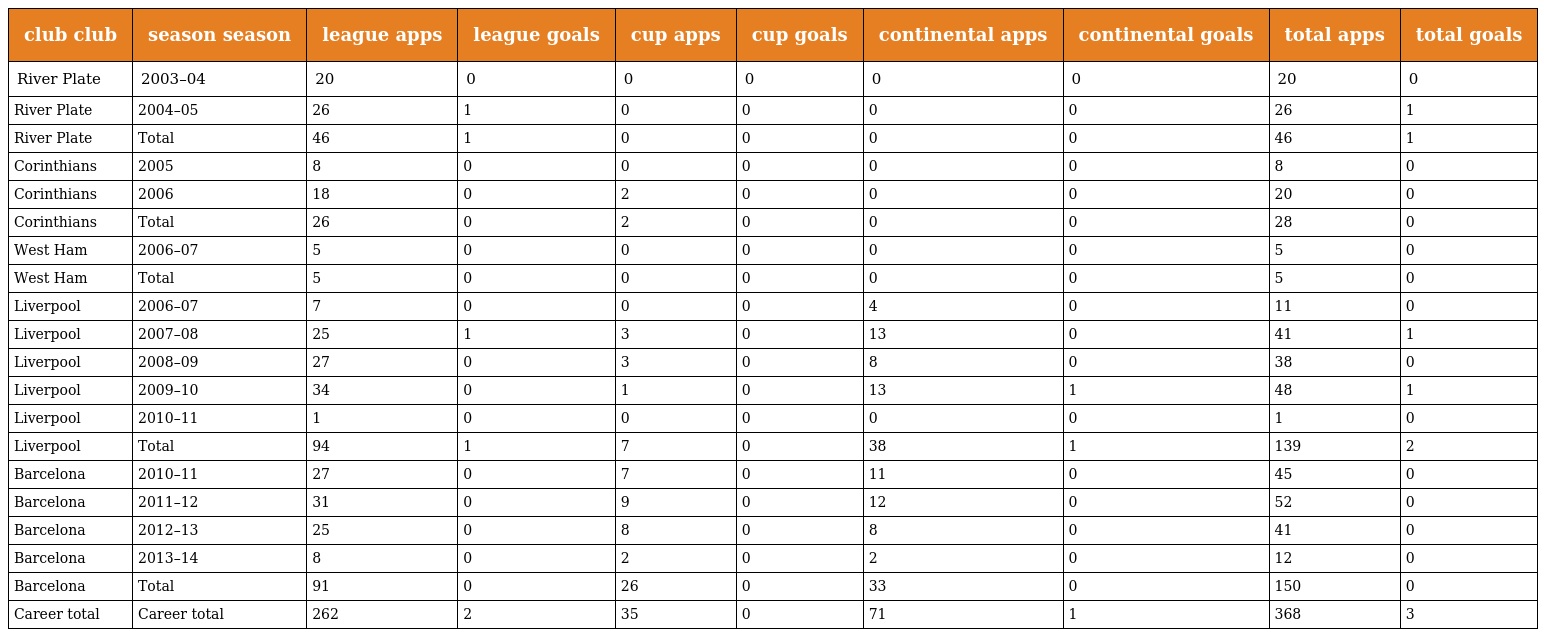
| club club | season season | league apps | league goals | cup apps | cup goals | continental apps | continental goals | total apps | total goals |
 | --- | --- | --- | --- | --- | --- | --- | --- | --- | --- |
 | River Plate | 2003–04 | 20 | 0 | 0 | 0 | 0 | 0 | 20 | 0 |
 | River Plate | 2004–05 | 26 | 1 | 0 | 0 | 0 | 0 | 26 | 1 |
 | River Plate | Total | 46 | 1 | 0 | 0 | 0 | 0 | 46 | 1 |
 | Corinthians | 2005 | 8 | 0 | 0 | 0 | 0 | 0 | 8 | 0 |
 | Corinthians | 2006 | 18 | 0 | 2 | 0 | 0 | 0 | 20 | 0 |
 | Corinthians | Total | 26 | 0 | 2 | 0 | 0 | 0 | 28 | 0 |
 | West Ham | 2006–07 | 5 | 0 | 0 | 0 | 0 | 0 | 5 | 0 |
 | West Ham | Total | 5 | 0 | 0 | 0 | 0 | 0 | 5 | 0 |
 | Liverpool | 2006–07 | 7 | 0 | 0 | 0 | 4 | 0 | 11 | 0 |
 | Liverpool | 2007–08 | 25 | 1 | 3 | 0 | 13 | 0 | 41 | 1 |
 | Liverpool | 2008–09 | 27 | 0 | 3 | 0 | 8 | 0 | 38 | 0 |
 | Liverpool | 2009–10 | 34 | 0 | 1 | 0 | 13 | 1 | 48 | 1 |
 | Liverpool | 2010–11 | 1 | 0 | 0 | 0 | 0 | 0 | 1 | 0 |
 | Liverpool | Total | 94 | 1 | 7 | 0 | 38 | 1 | 139 | 2 |
 | Barcelona | 2010–11 | 27 | 0 | 7 | 0 | 11 | 0 | 45 | 0 |
 | Barcelona | 2011–12 | 31 | 0 | 9 | 0 | 12 | 0 | 52 | 0 |
 | Barcelona | 2012–13 | 25 | 0 | 8 | 0 | 8 | 0 | 41 | 0 |
 | Barcelona | 2013–14 | 8 | 0 | 2 | 0 | 2 | 0 | 12 | 0 |
 | Barcelona | Total | 91 | 0 | 26 | 0 | 33 | 0 | 150 | 0 |
 | Career total | Career total | 262 | 2 | 35 | 0 | 71 | 1 | 368 | 3 |